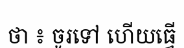
ថា ៖ ចូរទៅ ហើយធ្វើ